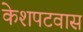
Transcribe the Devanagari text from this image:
केशपटवास